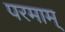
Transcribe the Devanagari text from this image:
परमाम्